Indian journal of veterinary science and animal husbandry - Volume 14,
Year: 1944
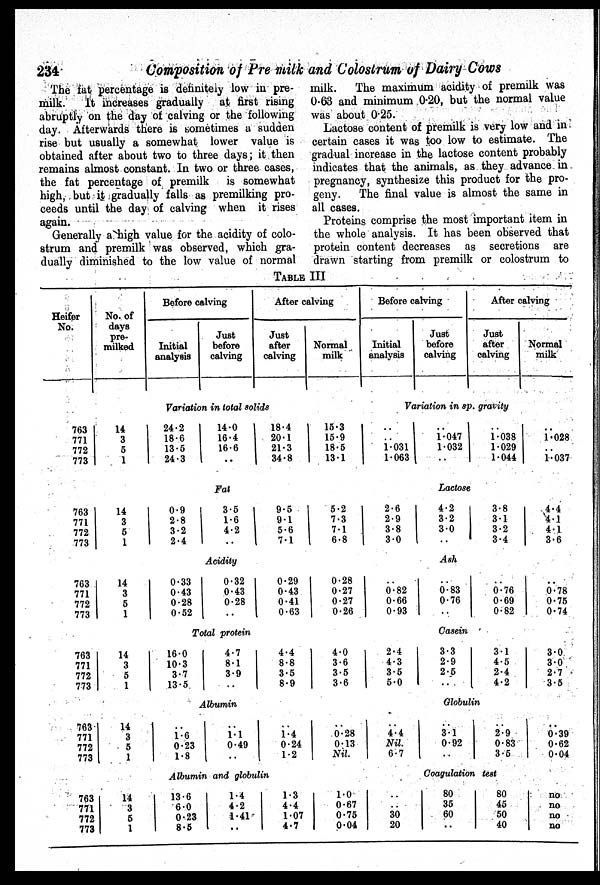
234
Composition of Pre milk and Colostrum of Dairy Cows
The fat percentage is definitely low in pre-
milk. It increases gradually at first rising
abruptly on the day of calving or the following
day. Afterwards there is sometimes a sudden
rise but usually a somewhat lower value is
obtained after about two to three days; it then
remains almost constant. In two or three cases,
the fat percentage of premilk is somewhat
high, but it gradually falls as premilking pro-
ceeds until the day of calving when it rises
again.
Generally a high value for the acidity of colo-
strum and premilk was observed, which gra-
dually diminished to the low value of normal
milk. The maximum acidity of premilk was
0.63 and minimum 0.20, but the normal value
was about 0.25.
Lactose content of premilk is very low and in
certain cases it was too low to estimate. The
gradual increase in the lactose content probably
indicates that the animals, as they advance in
pregnancy, synthesize this product for the pro-
geny. The final value is almost the same in
all cases.
Proteins comprise the most important item in
the whole analysis. It has been observed that
protein content decreases as secretions are
drawn starting from premilk or colostrum to
TABLE III
Heifer
No.
763
771
772
773
763
771
772
773
763
771
772
773
763
771
772
773
763
771
772
773
763
771
772
773
No. of
days
pre-
milked
14
3
5
1
14
3
5
1
14
3
5
1
14
3
5
1
14
3
5
1
14
3
5
1
Before calving
Initial
analysis
Just
before
calving
After calving
Just
after
calving
Normal
milk
Variation in total solids
24.2
18.6
13.5
24.3
14.0
16.4
16.6
. .
18.4
20.1
21.3
34.8
15.3
15.9
18.5
13.1
Fat
0.9
2.8
3.2
2.4
3.5
1.6
4.2
. .
9.5
9.1
5.6
7.1
5.2
7.3
7.1
6.8
Acidity
0.33
0.43
0.28
0.52
0.32
0.43
0.28
. .
0.29
0.43
0.41
0.63
0.28
0.27
0.27
0.26
Total protein
16.0
10.3
3.7
13.5
4.7
8.1
3.9
. .
4.4
8.8
3.5
8.9
4.0
3.6
3.5
3.6
Albumin
. .
1.6
0.23
1.8
. .
1.1
0.49
. .
. .
1.4
0.24
1.2
0.28
0.13
Nil.
Albumin and globulin
13.6
6.0
0.23
8.5
1.4
4.2
1.41
. .
1.3
4.4
1.07
4.7
1.0
0.67
0.75
0.04
Before calving
Initial
analysis
Just
before
calving
After calving
Just
after
calving
Normal
milk
Variation in sp. gravity
. .
. .
1.031
1.063
. .
1.047
1.032
. .
. .
1.038
1.029
1.044
. .
1.028
. .
1.037
Lactose
2.6
2.9
3.8
3.0
4.2
3.2
3.0
. .
3.8
3.1
3.2
3.4
4.4
4.1
4.1
3.6
Ash
. .
0.82
0.66
0.93
. .
0.83
0.76
. .
. .
0.76
0.69
0.82
. .
0.78
0.75
0.74
Casein
2.4
4.3
3.5
5.0
3.3
2.9
2.5
. .
3.1
4.5
2.4
4.2
3.0
3.0
2.7
3.5
Globulin
. .
4.4
Nil.
6.7
. .
3.1
0.92
. .
. .
2.9
0.83
3.5
. .
0.39
0.62
0.04
Coagulation test
. .
. .
30
20
80
35
60
. .
80
45
50
40
no
no
no
no